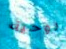
روحية